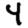
Digit: 4